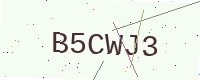
Text: B5CWJ3